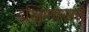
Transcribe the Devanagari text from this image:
दक्षिणास्यां